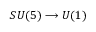
S U ( 5 ) \longrightarrow U ( 1 )